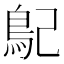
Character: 𩾩